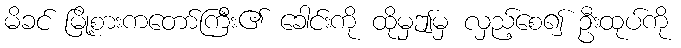
မိခင် မြို့စားကတော်ကြီး၏ ခေါင်းကို ထိုမှဤမှ လှည့်စေ၍ ဦးထုပ်ကို